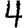
Digit: 4